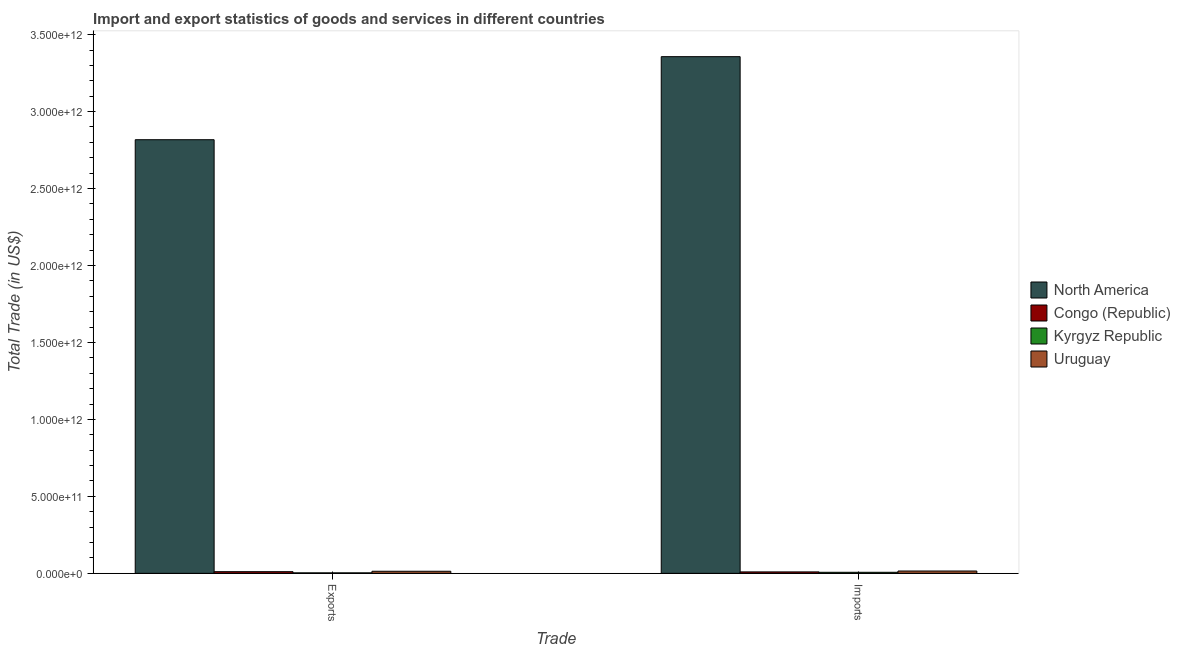
| Trade | North America | Congo (Republic) | Kyrgyz Republic | Uruguay |
 | --- | --- | --- | --- | --- |
 | Exports | 2.82e+12 | 1.08e+10 | 3.1e+09 | 1.35e+10 |
 | Imports | 3.36e+12 | 9.31e+09 | 6.73e+09 | 1.51e+10 |